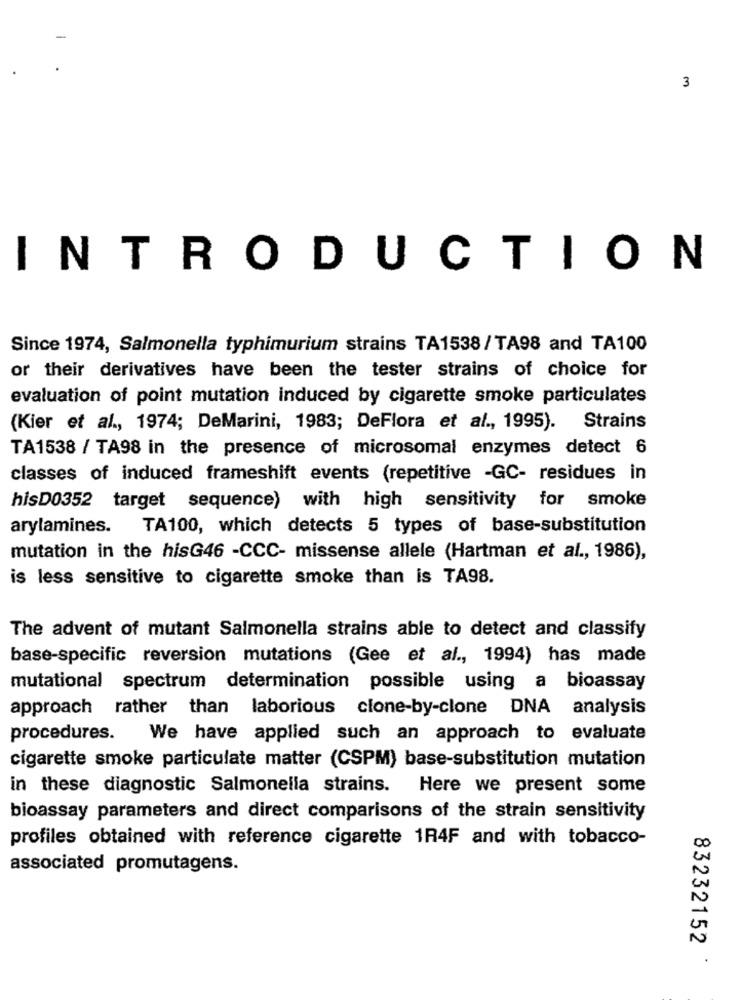
3
INTRODUCTION
Since 1974, Salmonella typhimurium strains TA1538/TA98 and TA100
or their derivatives have been the tester strains of choice for
evaluation of point mutation induced by cigarette smoke particulates
(Kier et al ., 1974; DeMarini, 1983; DeFlora et al ., 1995). Strains
TA1538 / TA98 in the presence of microsomal enzymes detect 6
classes of induced frameshift events (repetitive -GC- residues in
hisD0352 target sequence) with high sensitivity for smoke
arylamines.
TA100, which detects 5 types of base-substitution
mutation in the hisG46 -CCC- missense allele (Hartman et al ., 1986),
is less sensitive to cigarette smoke than is TA98.
The advent of mutant Salmonella strains able to detect and classify
base-specific reversion mutations (Gee et al ., 1994) has made
mutational spectrum determination possible using a bioassay
approach rather than laborious clone-by-clone DNA analysis
procedures. We have applied such an approach to evaluate
cigarette smoke particulate matter (CSPM) base-substitution mutation
in these diagnostic Salmonella strains. Here we present some
bioassay parameters and direct comparisons of the strain sensitivity
profiles obtained with reference cigarette 1R4F and with tobacco-
associated promutagens.
83232152